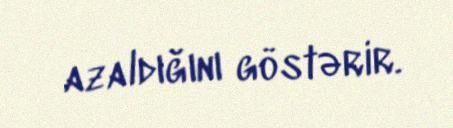
azaldığını göstərir.